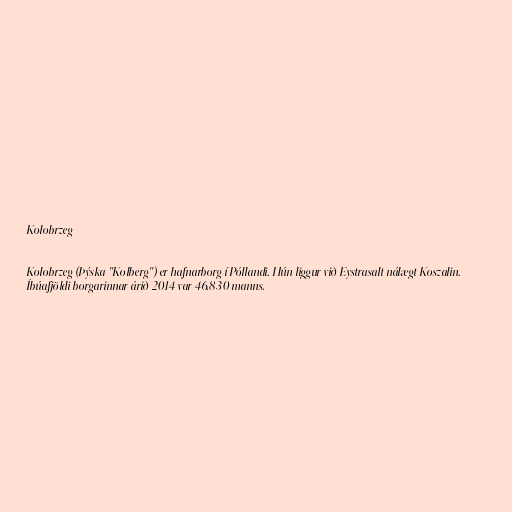
Kołobrzeg

Kołobrzeg (Þýska "Kolberg") er hafnarborg í Póllandi. Hún liggur við Eystrasalt nálægt Koszalin.
Íbúafjöldi borgarinnar árið 2014 var 46.830 manns.